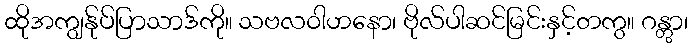
ထိုအကျွန်ုပ်ပြာသာဒ်ကို။ သဗလဝါဟနော၊ ဗိုလ်ပါဆင်မြင်းနှင့်တကွ။ ဂန္တွာ၊